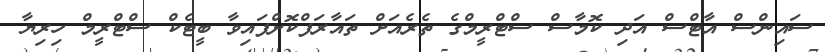
ސައިންސް އާޓްސް އަދި ކޮމާސް ސްޓްރީމްގެ ތެރެއަށް ތައާރަފްކޮށްފައިވާ ބީޓެކް ސްޓްރީމް ހިރިޔާ